Report of the Hyderabad Chloroform Commission
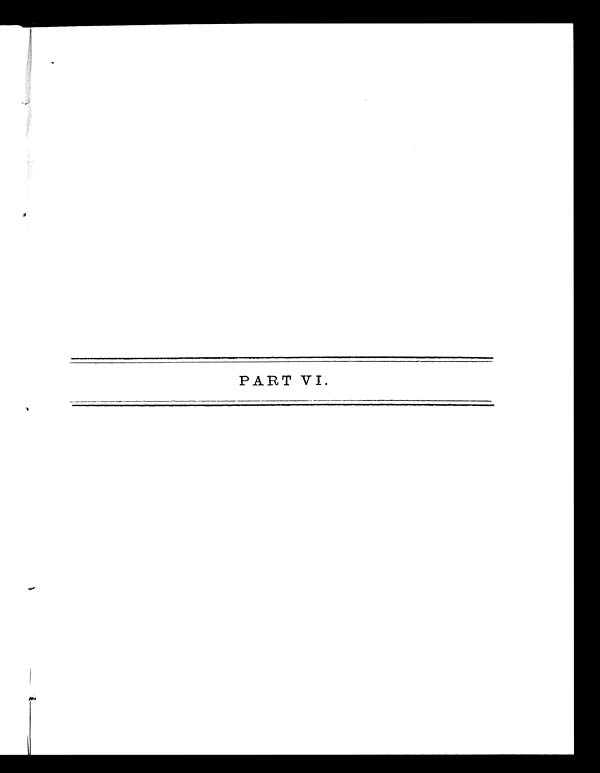
PART VI.